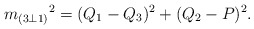
\begin{align*}{m_{(3\bot 1)}}^2 = (Q_1 - Q_3)^2 + (Q_2 - P)^2.\end{align*}